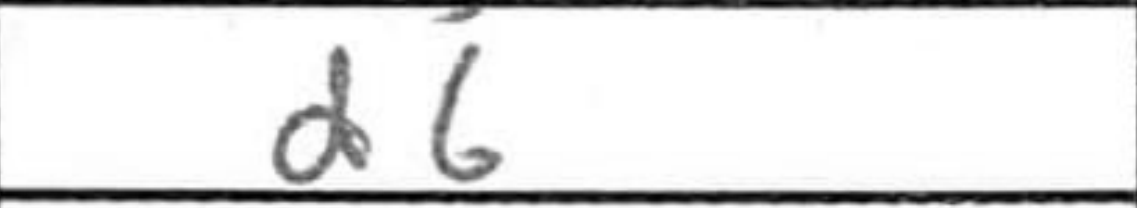
Transcription: d6